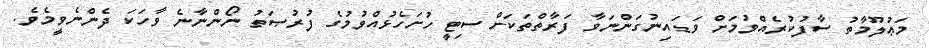
މަޢުލޫމާތު ސާފުކުރެއްވުމަށް ވަޑައިނުގަންނަވާ ފަރާތްތަކަށް ސިޓީ ހުށަހެޅުއްވުމުގެ ފުރުޞަތު ނޯންނާނެ ވާހަކަ ދެންނެވީމެވެ.